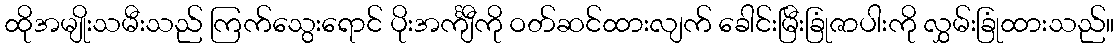
ထိုအမျိုးသမီးသည် ကြက်သွေးရောင် ပိုးအင်္ကျီကို ဝတ်ဆင်ထားလျက် ခေါင်းမြီးခြုံဇာပါးကို လွှမ်းခြုံထားသည်။